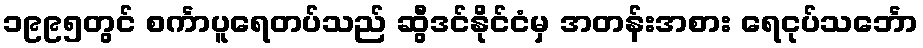
၁၉၉၅တွင် စင်္ကာပူရေတပ်သည် ဆွီဒင်နိုင်ငံမှ အတန်းအစား ရေငုပ်သင်္ဘော